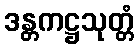
ဒန္တကဋ္ဌသုတ္တံ